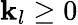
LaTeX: \mathbf{k}_{l}\geq0